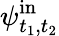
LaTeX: \psi_{t_{1},t_{2}}^{\mathrm{in}}